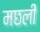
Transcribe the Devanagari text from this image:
मछली